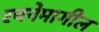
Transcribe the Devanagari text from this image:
रचनेमागील